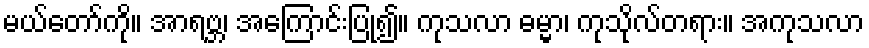
မယ်တော်ကို။ အာရဗ္ဘ၊ အကြောင်းပြု၍။ ကုသလာ ဓမ္မာ၊ ကုသိုလ်တရား။ အကုသလာ